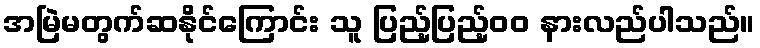
အမြဲမတွက်ဆနိုင်ကြောင်း သူ ပြည့်ပြည့်၀၀ နားလည်ပါသည်။